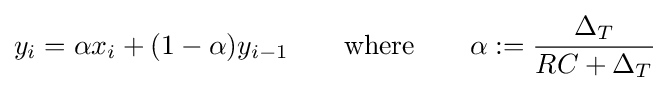
y_{i}=\alpha x_{i}+(1-\alpha )y_{i-1}\qquad {\text{where}}\qquad \alpha :={\frac {\Delta _{T}}{RC+\Delta _{T}}}